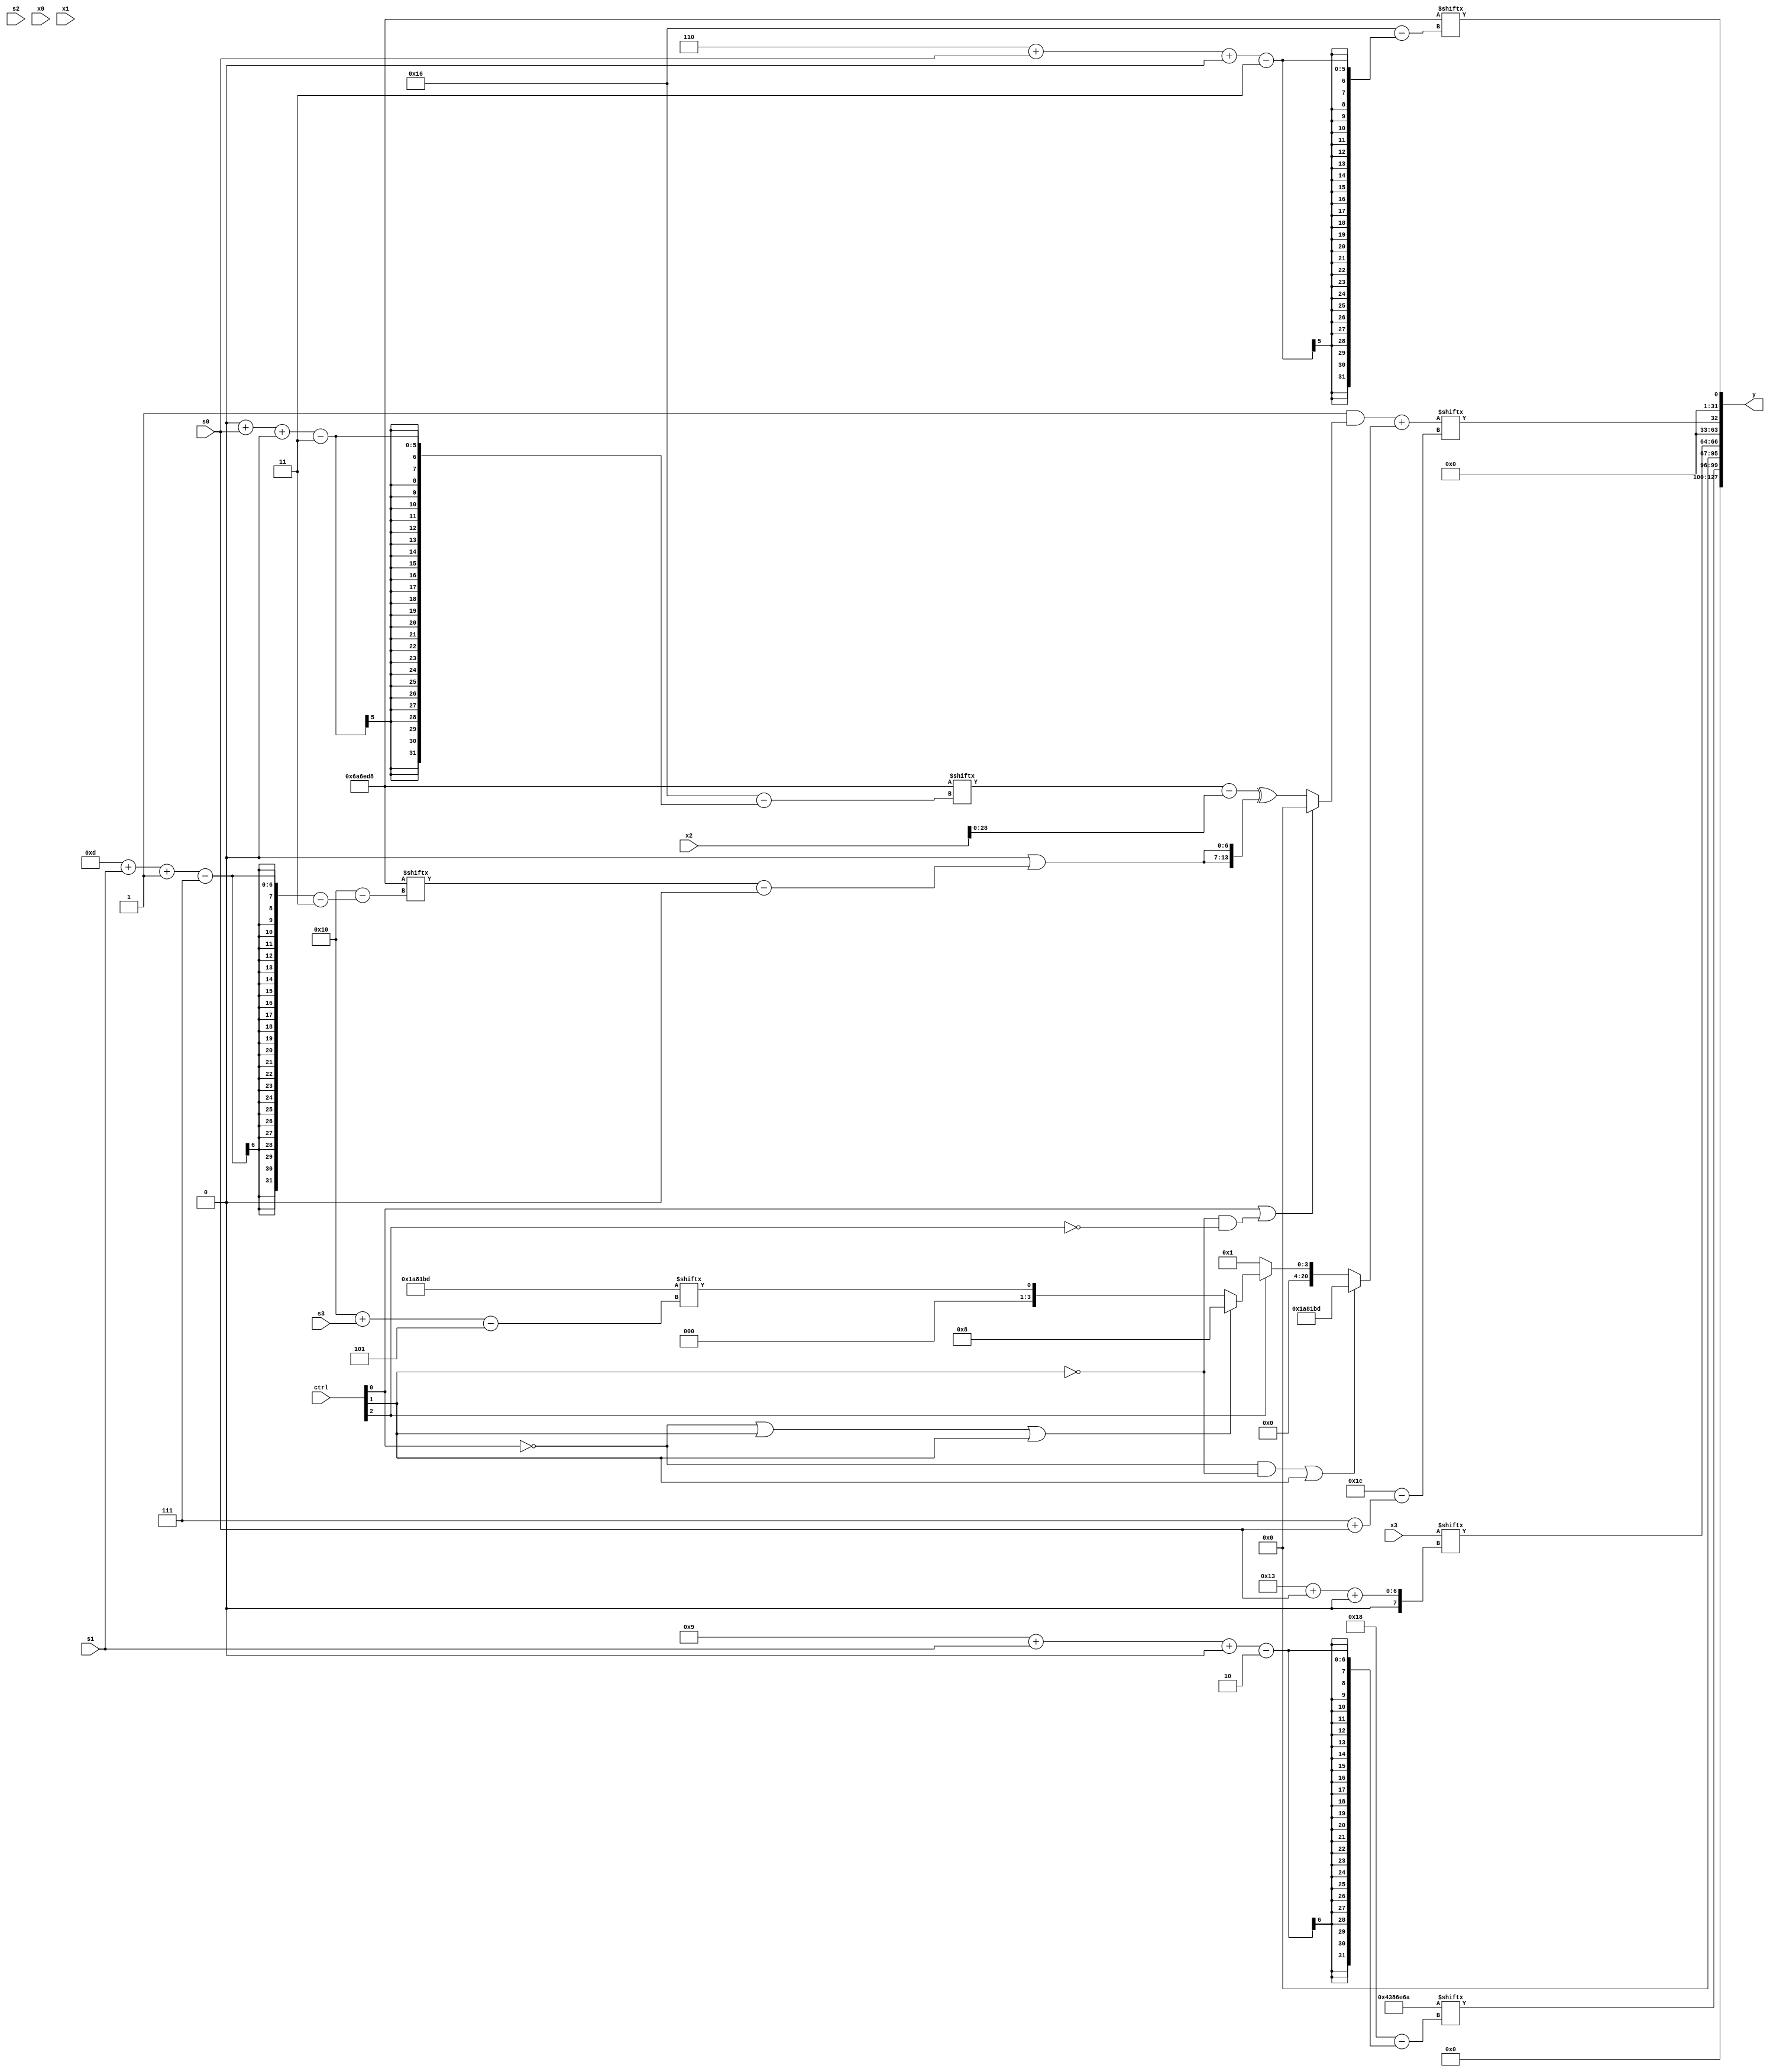
module partsel_00627(ctrl, s0, s1, s2, s3, x0, x1, x2, x3, y);
  input [3:0] ctrl;
  input [2:0] s0;
  input [2:0] s1;
  input [2:0] s2;
  input [2:0] s3;
  input signed [31:0] x0;
  input signed [31:0] x1;
  input signed [31:0] x2;
  input [31:0] x3;
  wire signed [27:0] x4;
  wire signed [6:26] x5;
  wire [27:2] x6;
  wire [29:4] x7;
  wire signed [4:26] x8;
  wire [4:31] x9;
  wire signed [6:27] x10;
  wire signed [25:3] x11;
  wire signed [0:28] x12;
  wire signed [28:4] x13;
  wire [0:27] x14;
  wire [29:1] x15;
  output [127:0] y;
  wire [31:0] y0;
  wire [31:0] y1;
  wire [31:0] y2;
  wire [31:0] y3;
  assign y = {y0,y1,y2,y3};
  localparam signed [26:5] p0 = 198869437;
  localparam [2:29] p1 = 70807146;
  localparam signed [0:25] p2 = 173864228;
  localparam signed [3:25] p3 = 703229656;
  assign x4 = {2{(x0[16] - p2[15 -: 1])}};
  assign x5 = {2{({{(ctrl[2] && !ctrl[3] && !ctrl[1] ? p3 : x1[0 + s3 -: 4]), x0[11]}, ((p1[14 -: 1] & p1[5 + s2]) ^ p3[21 + s0 -: 3])} | p3[17 -: 1])}};
  assign x6 = p2[31 + s3 +: 8];
  assign x7 = x5[15 +: 3];
  assign x8 = x7[12 + s3];
  assign x9 = ((ctrl[0] || ctrl[0] && !ctrl[2] ? ({2{x2[26 + s2 -: 6]}} | p0[20 + s1 -: 6]) : (x5 + p3)) + x8[22]);
  assign x10 = {p3[22 + s3 +: 5], x5};
  assign x11 = {2{(ctrl[1] || !ctrl[3] || !ctrl[0] ? (!ctrl[2] || ctrl[1] || ctrl[3] ? ((x5 | p3) + {2{x9}}) : p3) : {(x8[19 +: 2] | (x2[17 +: 1] | (x5[13] & x2[9 +: 2]))), p2[29 + s0 -: 4]})}};
  assign x12 = ((p1[15] & (ctrl[0] || !ctrl[1] && !ctrl[2] ? x8[23] : ((p3[0 + s0 +: 1] - x2) ^ {2{(p2[9] | (p3[13 + s1 -: 7] - p1[22 -: 2]))}}))) + (!ctrl[0] && !ctrl[1] || ctrl[1] ? p0 : (ctrl[3] && !ctrl[3] || ctrl[2] ? (!ctrl[0] || ctrl[1] || ctrl[1] ? p1[13 -: 4] : (p0[16 + s3] ^ p2[21 -: 1])) : p0[13])));
  assign x13 = p1[18 + s0 +: 6];
  assign x14 = {p0, (((p1[4 + s0 -: 8] & (x0 | x1)) + (!ctrl[2] && !ctrl[2] || ctrl[1] ? (p1[0 + s0 -: 2] - x8[13 + s0]) : {p1[9 + s0 +: 1], x13[6 + s1]})) - p3)};
  assign x15 = ({p1[4 + s2 -: 1], {2{x14[21]}}} - x8[23 -: 1]);
  assign y0 = p1[9 + s1 +: 4];
  assign y1 = x3[19 + s0 +: 3];
  assign y2 = x12[7 + s0];
  assign y3 = p3[6 + s0 +: 1];
endmodule